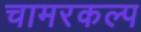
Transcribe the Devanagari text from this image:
चामरकल्प